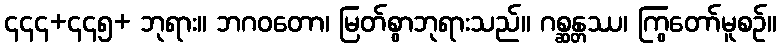
၄၄၄+၄၄၅+ ဘုရား။ ဘဂဝတော၊ မြတ်စွာဘုရားသည်။ ဂစ္ဆန္တဿ၊ ကြွတော်မူစဉ်။